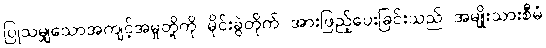
ပြုသမျှသောအကျင့်အမှုတို့ကို မိုင်းခွဲတိုက် အားဖြည့်ပေးခြင်းသည် အမျိုးသားစီမံ